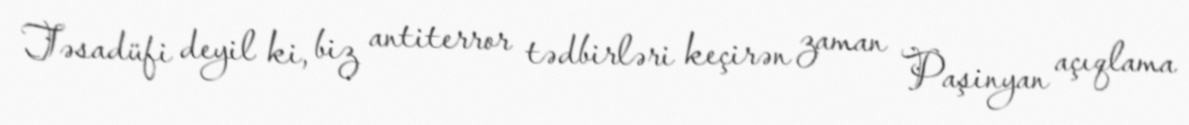
Təsadüfi deyil ki, biz antiterror tədbirləri keçirən zaman Paşinyan açıqlama